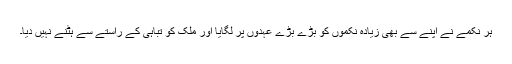
ہر نکمے نے اپنے سے بھی زیادہ نکموں کو بڑے بڑے عہدوں پر لگایا اور ملک کو تباہی کے راستے سے ہٹنے نہیں دیا۔